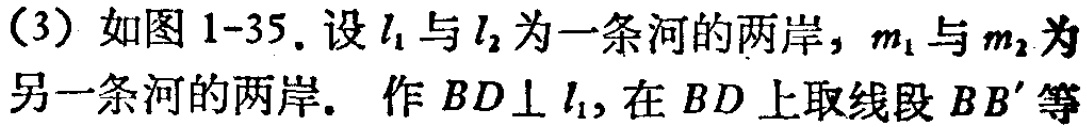
(3) 如图1-35. 设\(l_{1}\)与\(l_{2}\)为一条河的两岸, \(m_{1}\)与\(m_{2}\)为另一条河的两岸. 作 \(BD\perp l_{1}\), 在 \(BD\)上取线段 \(BB'\)等